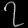
Digit: ၇